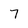
Character: 7